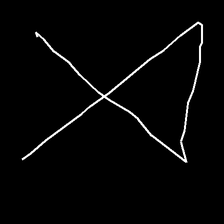
Glyph: collection